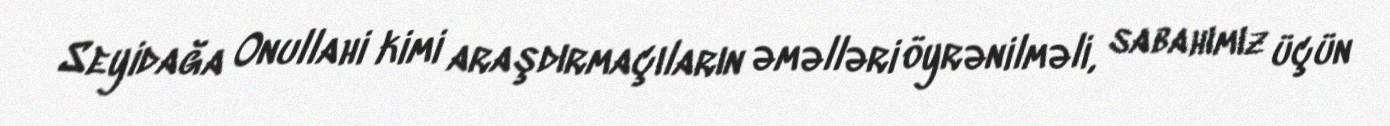
Seyidağa Onullahi kimi araşdırmaçıların əməlləri öyrənilməli, sabahımız üçün